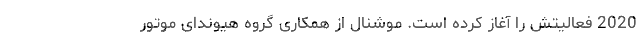
2020 فعالیتش را آغاز کرده است. موشنال از همکاری گروه هیوندای موتور